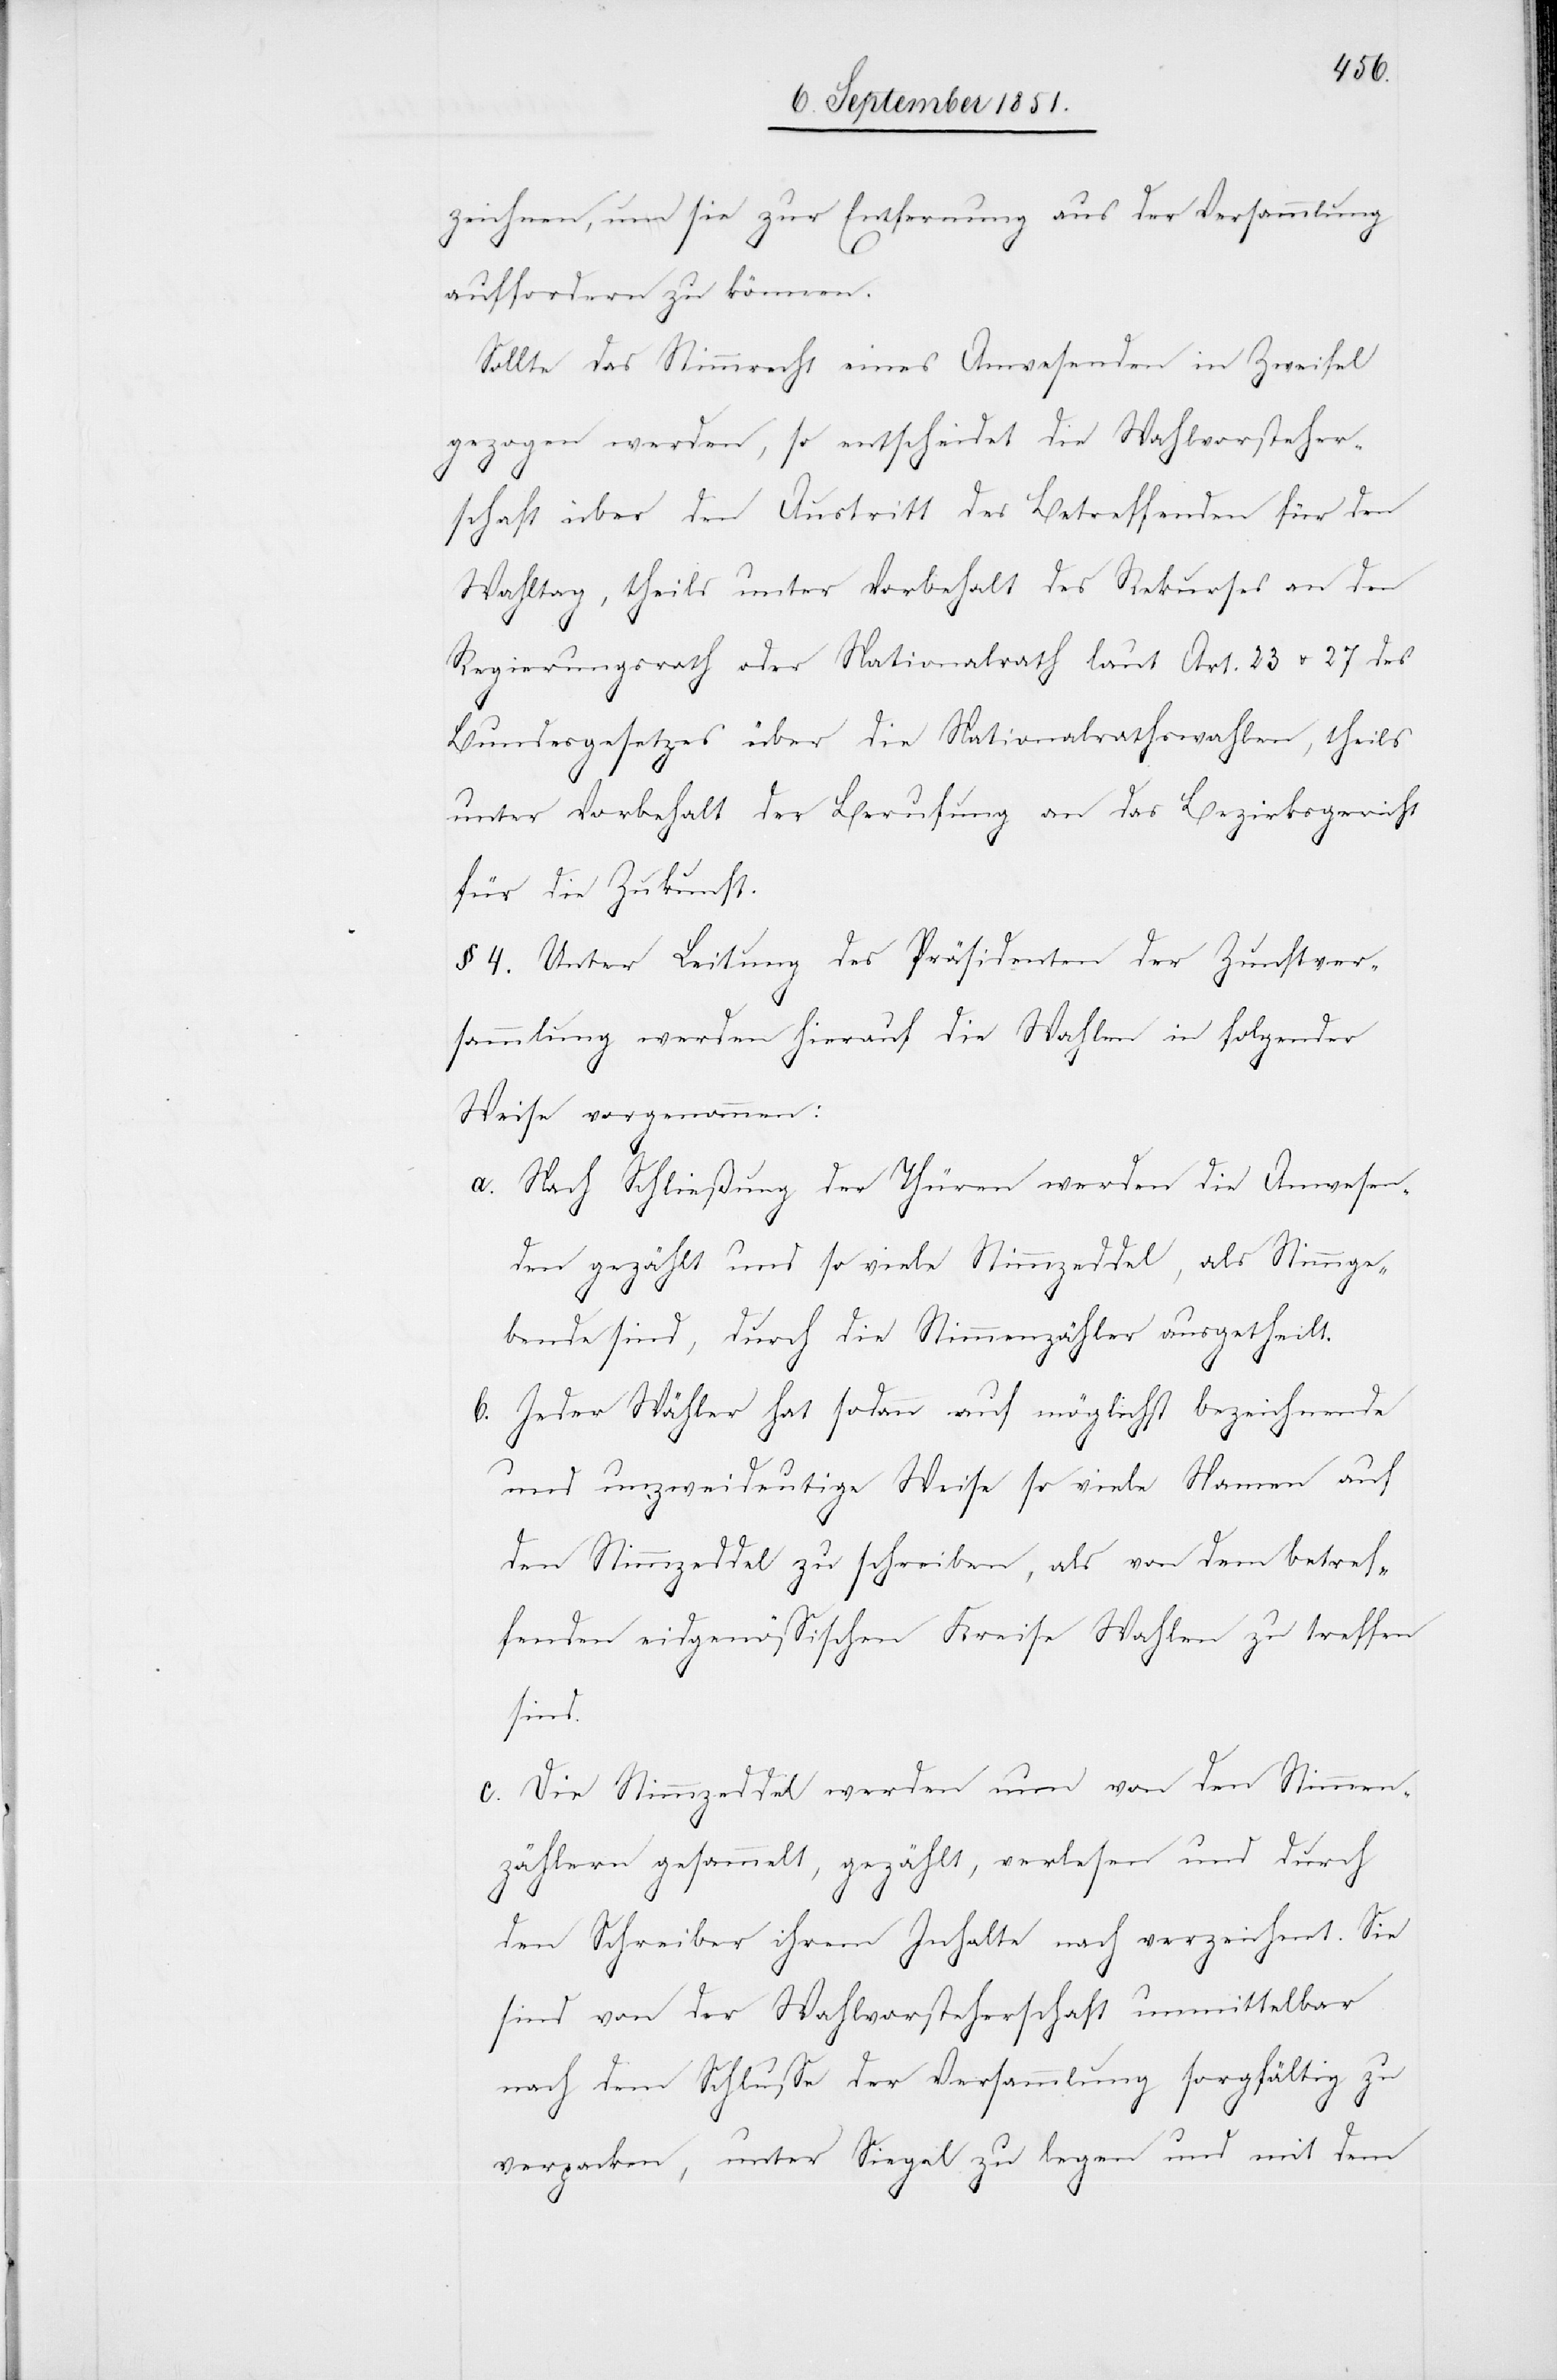
zeichnen, um sie zur Entfernung aus der Versammlung
auffordern zu können.
Sollte das Stimmrecht eines Anwesenden in Zweifel
gezogen werden, so entscheidet die Wahlvorsteher¬
schaft über den Austritt des Betreffenden für den
Wahltag, theils unter Vorbehalt des Rekurses an den
Regierungsrath oder Nationalrath laut Art. 23 u. 27 des
Bundesgesetzes über die Nationalrathswahlen, theils
unter Vorbehalt der Berufung an das Bezirksgericht
für die Zukunft.
§ 4. Unter Leitung des Präsidenten der Zunftver¬
sammlung werden hierauf die Wahlen in folgender
Weise vorgenommen:
Nach Schließung der Thüren werden die Anwesen¬
den gezählt und so viele Stimmzeddel, als Stimmge¬
bende sind, durch die Stimmenzähler ausgetheilt.
Jeder Wähler hat sodann auf möglichst bezeichnende
und unzweideutige Weise so viele Namen auf
den Stimmzeddel zu schreiben, als von dem betref¬
fenden eidgenössischen Kreise Wahlen zu treffen
sind.
Die Stimmzeddel werden nun von den Stimmen¬
zählern gesammelt, gezählt, verlesen und durch
den Schreiber ihrem Inhalte nach verzeichnet. Sie
sind von der Wahlvorsteherschaft unmittelbar
nach dem Schlusse der Versammlung sorgfältig zu
verpacken, unter Siegel zu legen und mit dem